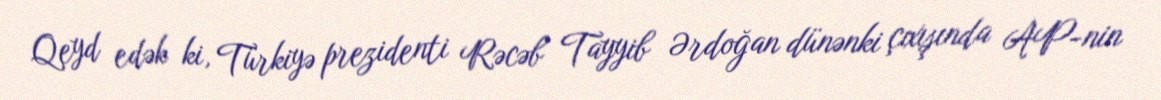
Qeyd edək ki, Türkiyə prezidenti Rəcəb Tayyib Ərdoğan dünənki çıxışında AP-nin